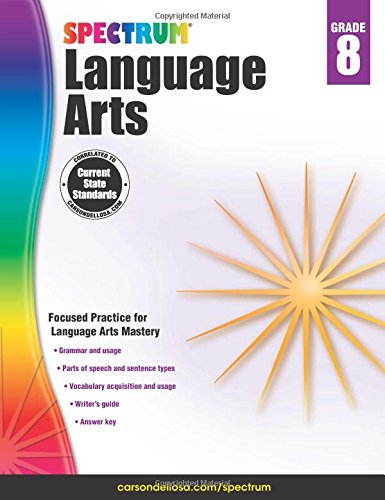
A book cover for Spectrum Language Arts, Grade 8; Teen & Young Adult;